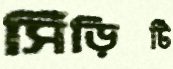
সিঁড়িটি